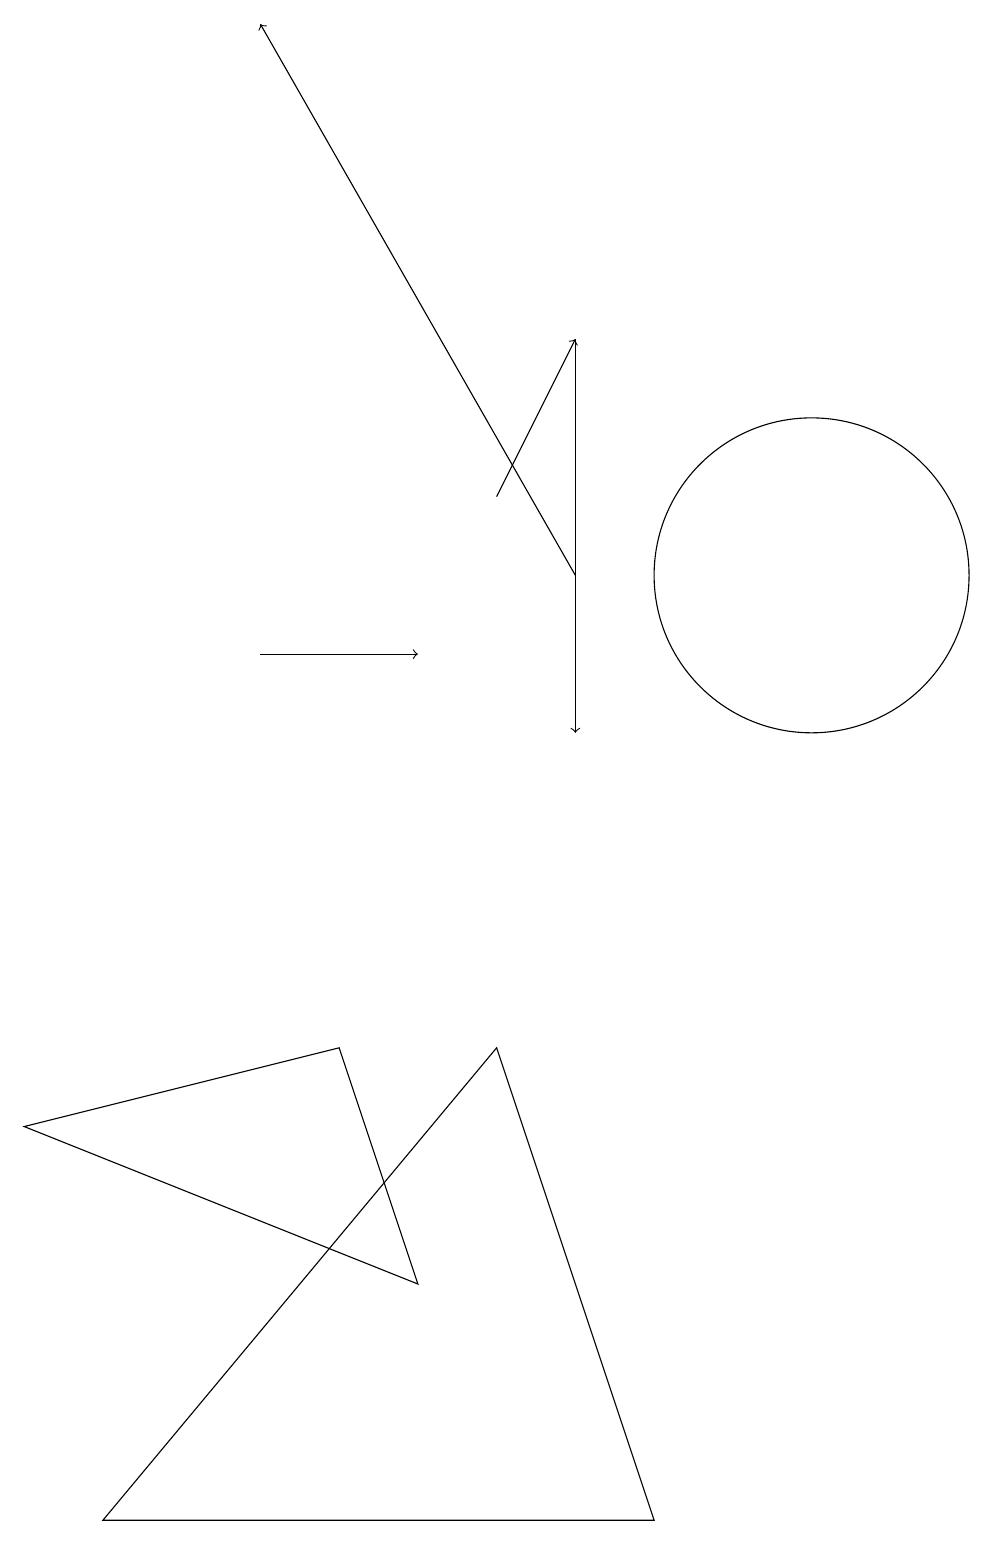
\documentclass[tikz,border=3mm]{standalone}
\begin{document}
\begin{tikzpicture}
\draw[->] (7,12) -- (3,19);
\draw[->] (3,11) -- (5,11);
\draw[->] (7,15) -- (7,10);
\draw[->] (6,13) -- (7,15);
\draw (10,12) circle (2);
\draw (8,0) -- (6,6) -- (1,0) -- cycle;
\draw (0,5) -- (4,6) -- (5,3) -- cycle;
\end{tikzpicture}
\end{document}